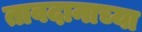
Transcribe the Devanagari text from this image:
तावदानाच्या